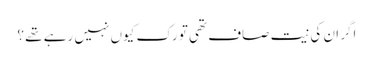
اگر ان کی نیت صاف تھی تو رک کیوں نہیں رہے تھے ؟